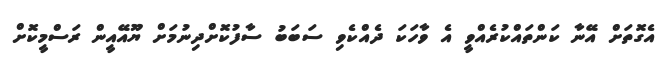
އެގޮތަށް އޭނާ ކަންތައްކުރެއްވީ އެ ވާހަކަ ދެއްކެވި ސަބަބު ސާފުކޮށްދިނުމަށް ޔޫއޭއީން ރަސްމީކޮށް